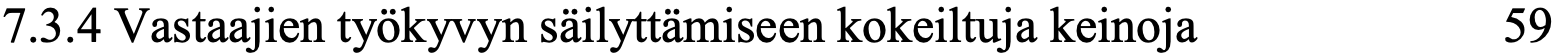
7.3.4 Vastaajien työkyvyn säilyttämiseen kokeiltuja keinoja 59